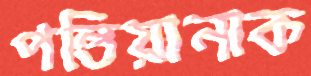
পন্তিয়ানাক